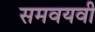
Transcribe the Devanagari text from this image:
समवयवी